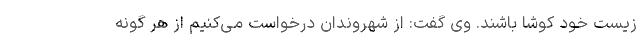
زیست خود کوشا باشند. وی گفت: از شهروندان درخواست می‌کنیم از هر گونه